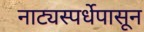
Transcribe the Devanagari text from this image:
नाट्यस्पर्धेपासून